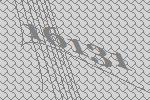
16131